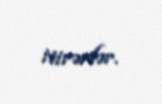
itirərlər.